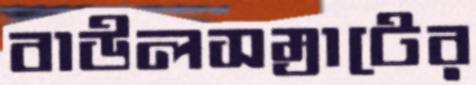
বাউলসম্রাটের